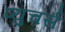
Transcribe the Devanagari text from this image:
प्युचर्स